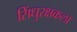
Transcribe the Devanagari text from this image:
सिंधुरक्षकला